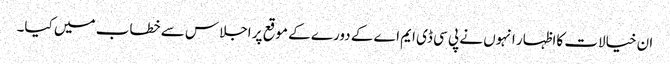
ان خیالات کااظہار انہوں نے پی سی ڈی ایم اے کے دورے کے موقع پر اجلاس سے خطاب میں کیا۔